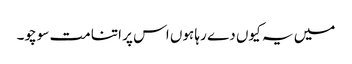
میں یہ کیوں دے رہا ہوں اس پر اتنا مت سوچو۔